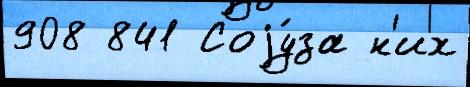
908 841 Соjу́за н'их